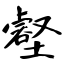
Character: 壑